Report on the administration of the Government Cinchona Department 1892-98
Year: 1892
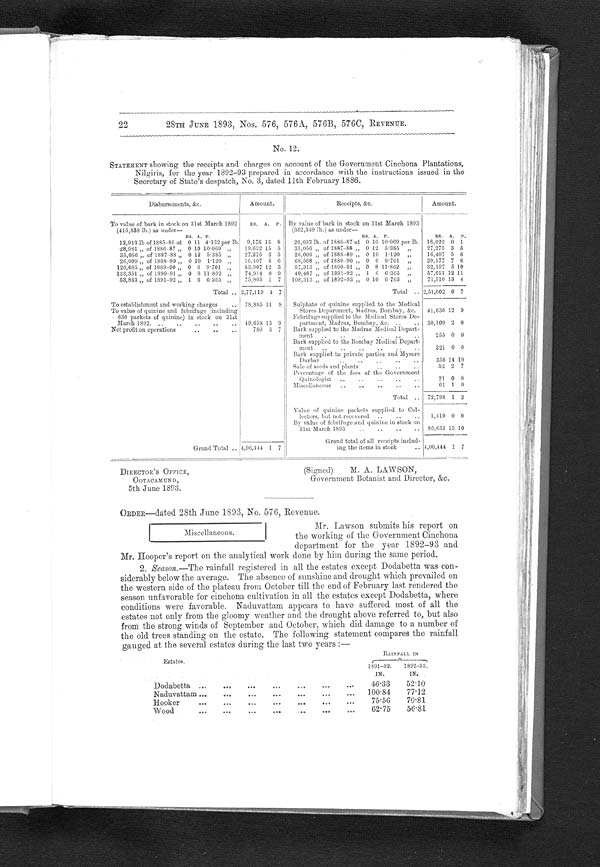
DIRECTOR ' S OFFICE,
OOTACAMUND,
5th June 1893.
(Signed)
M. A. LAWSON,
Government Botanist and Director, &c.
28TH JUNE 1893, Nos. 576, 576A, 576B, 576C, REVENUE.
No. 12.
STATEMENT showing the receipts and charges on account of the Government Cinchona Plantations,
Nilgiris, for the year 1892-93 prepared in accordance with the instructions issued in the
Secretary of State's despatch, No. 3, dated 11th February 1886.
Disbursements, &c.
Amount.
Receipts, &c.
Amount.
To value of bark in stock on 31st March 1S92
( 416, 858 l b. ) a s unde r —
R s . A. P. By value of bark in stock on 31st March 1893
(362,349 lb.) as under
—
RS. A, P.
RS. A. P.
RS. A. P.
12,943 lb of 1885-86 at 0 11 4 . 132 per lb. 9,176 13 8
26,603 lb. of 1886-87 at 0 10 10.069 per lb. 18,022 0 1
28,981,, of 1886-87 „ 0 10 10 . 069 ,,
19,632 15 5
35,056 ,, of 1887-88 ,, 0 12 5 . 3 8 5 , ,
27,275 3 5
35,056 ,, of 1887-88 „ 0 12 5 . 385 „
27,275 3 5
26,009 „ of 1888-80 „ 0 10
1 . 1 2 0 , ,
16,407 5 6
26,009 ,, of 1888-89 ,, 0 10 1 . 120 ,,
16,407 5 6
68,568,, of 1889-90 „ 0 6 9 . 7 0 1 , ,
29,177 7 6
126,685 ,, of 1889-90 ,, 0 6 9 . 701 ,,
53,907 12 3
57,313 ,,of 1890-91 ,, 0 8
1 1 . 8 6 2 , ,
32,197 5 10
133,351 ,, of 1890-91 ,, 0 8 11 . 862 „
74,914 0 9
40,487 „ of 1891-92 „ 1 6
„
6.365 „
5 7 , 0 1 1 12 11
53,833 „ of 1891-92 „ 1 6 6-365 „
75,805 1 7
108,313 „ of 1892-93 „ 0 10 6.763 „
13 4
71,510
Total . . . 2,77,119 4
7
Total . . . 2,51,602 0 7
To establishment and working charges . . . 78,885 11 8
Sulphate of quinine supplied to the Medical
Stores Department, Madras, Bombay, &c.
41,636 12 9
To value of quinine and febrifuge (including
630 packets of quinine) in stock on 31st
March 1892 . . . 49,658 13 9
Febrifuge supplied to the Medical Stores De-
partment, Madras, Bombay, &e. . . 30,100 2 0
Net profit on operations . . .
780 3 7
Bark supplied to the Madras Medical Depart-
ment . . .
255 0 0
Bark supplied to the Bombay Medical Depart-
ment . . .
321 0 0
Bark supplied to private parties and
M y s o r e D u r b a r
350 14 10
Sale of seeds and plants
52 2 7
Percentage of the fees of the Government
Quinologist . . .
21 0 0
Miscellaneous . . .
61 1 0
Total . . . 72,798 1 2
value of quinine packets supplied to Col-
lectors, but not recovered . . .
1,410 0
0
By value of febrifuge and quinine in stock on
31st March 1893 . . . 80,633 15 10
Grand Total . . . 4,06,444 1 7
Grand total of all receipts includ-
ing the items in stock . . . 4,06,444 1 7
22
ORDER-dated 28th June 1893, No. 576, Revenue.
Mr. Lawson submits his report on
the working of the Government Cinchona
department for the year 1892-93 and
Mr. Hooper's report on the analytical work done by him during the same period.
2. Season.-The rainfall registered in all the estates except Dodabetta was con-
siderably below the average. The absence of sunshine and drought which prevailed on
the western side of the plateau from October till the end of February last rendered the
season unfavorable for cinchona cultivation in all the estates except Dodabetta, where
conditions were favorable. Naduvattam appears to have suffered most of all the
estates not only from the gloomy weather and the drought above referred to, but also
from the strong winds of September and October, which did damage to a number of
the old trees standing on the estate. The following statement compares the rainfall
gauged at the several estates during the last two years :-
Estates.
RAINFALL. IN
1891-92.
IN.
1892-93.
IN.
Dodabetta . . .
46.33
52.10
Naduvattam . . .
100 . 84
77.12
Hooker . . .
75.56
70.81
Wood
.
.
.
62.75
56.81
Miscellaneous.